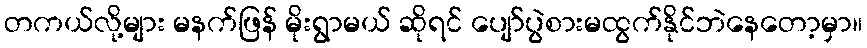
တကယ်လို့များ မနက်ဖြန် မိုးရွာမယ် ဆိုရင် ပျော်ပွဲစားမထွက်နိုင်ဘဲနေတော့မှာ။